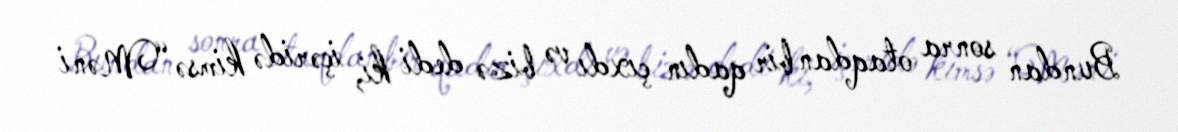
Bundan sonra otaqdan bir qadın çıxdı və bizə dedi ki, içəridə kimsə “Məni